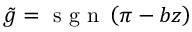
\tilde { g } = \mathrm { ~ s ~ g ~ n ~ } \left( \pi - b z \right)